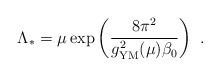
LaTeX: \begin{align*}\Lambda_*=\mu\exp\left({8\pi^2\over g_{\rm{\small YM}}^2(\mu)\beta_0}\right)~.\end{align*}